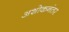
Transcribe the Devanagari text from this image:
अशोकनंतर